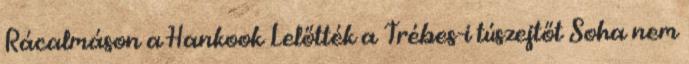
Rácalmáson a Hankook Lelőtték a Trébes-i túszejtőt Soha nem